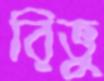
রিভু